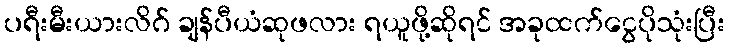
ပရီးမီးယားလိဂ် ချန်ပီယံဆုဖလား ရယူဖို့ဆိုရင် အခုထက်ငွေပိုသုံးပြီး